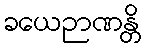
ခယေဉာဏန္တိ